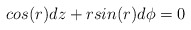
\begin{align*} cos(r)dz +rsin(r)d\phi =0 \end{align*}